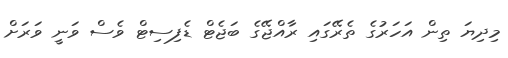
މިދިޔަ ތިން އަހަރުގެ ތެރޭގައި ރާއްޖޭގެ ބަޖެޓް ޑެފިސިޓް ވެސް ވަނީ ވަރަށް